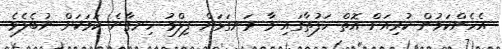
އެހެންކަމުން ކުރިއަށް އޮތް ހަފުތާގައި މާ ރަނގަޅަށް ފިލްމު ހިނގާނެ ކަމަކަށް ނުބެލެވެ